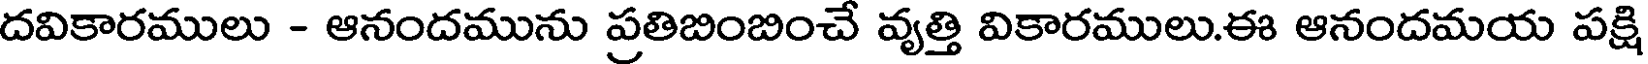
దవికారములు - ఆనందమును ప్రతిబింబించే వృత్తి వికారములు.ఈ ఆనందమయ పక్షి